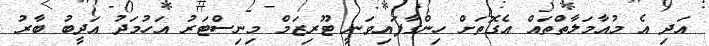
އަދި އެ މުއާމަލާތްތައް އެގޮތަށް ހިންގާފައިވަނީ ޓޫރިޒަމް މިނިސްޓަރު އަހުމަދު އަދީބު ބާރު